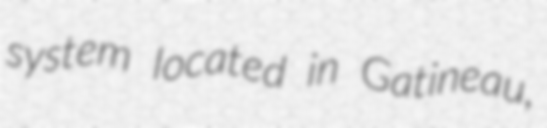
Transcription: system located in Gatineau,